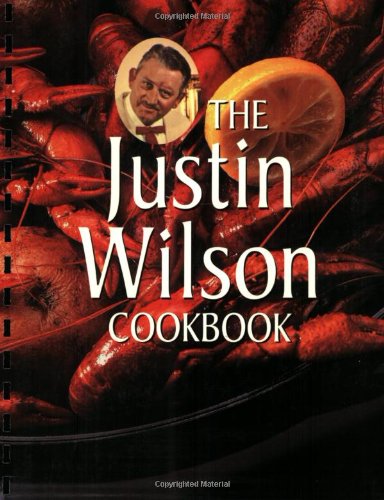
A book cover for The Justin Wilson Cook Book; Justin Wilson; Cookbooks, Food & Wine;